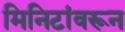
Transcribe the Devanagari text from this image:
मिनिटांवरून